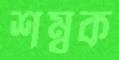
শম্বূক